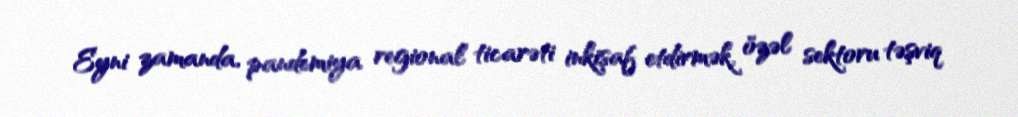
Eyni zamanda, pandemiya regional ticarəti inkişaf etdirmək, özəl sektoru təşviq